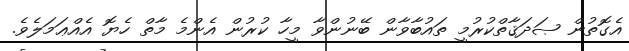
އެގޮތުން ޞަދަޤާތްކުރުމީ ތައުބާވާން ބޭނުންވާ މީހާ ކުރުން އެންމެ މާތް ހެޔޮ އެއްޢަމަލެވެ.